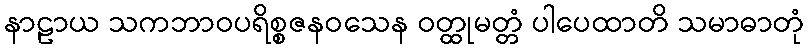
နာဠာယ သကဘာဝပရိစ္စဇနဝသေန ဝတ္ထုမတ္တံ ပါပေထာတိ သမာဓာတုံ